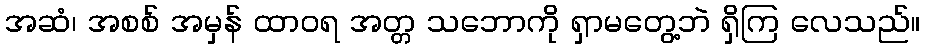
အဆံ၊ အစစ် အမှန် ထာဝရ အတ္တ သဘောကို ရှာမတွေ့ဘဲ ရှိကြ လေသည်။